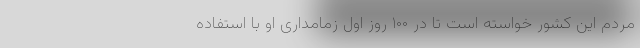
مردم این کشور خواسته است تا در ۱۰۰ روز اول زمامداری او با استفاده